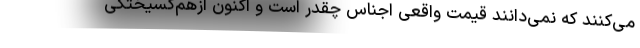
می‌کنند که نمی‌دانند قیمت واقعی اجناس چقدر است و اکنون ازهم‌گسیختگی